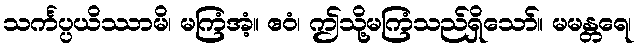
သင်္ကပ္ပယိဿာမိ၊ မကြံအံ့။ ဧဝံ၊ ဤသို့မကြံသည်ရှိသော်။ မမန္တရေ၊